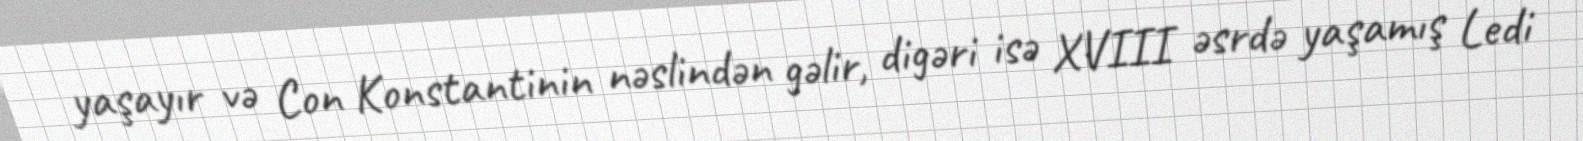
yaşayır və Con Konstantinin nəslindən gəlir, digəri isə XVIII əsrdə yaşamış Ledi